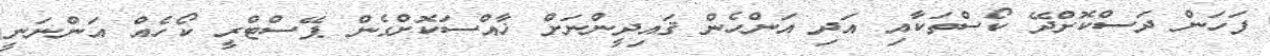
ފަހަން ދަސްކޮށްދޭ ކޯސްތަކާއި އަދި އަންހެން ޤައިދީންނަށް ޚާއްސަކޮށްގެން ޕޭސްޓްރީ ކޯހެއް އަންނަނީ